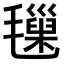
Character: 𣰩